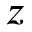
z